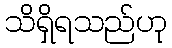
သိရှိရသည်ဟု